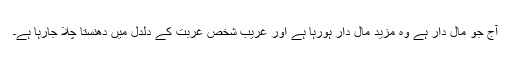
آج جو مال دار ہے وہ مزید مال دار ہورہا ہے اور غریب شخص غربت کے دلدل میں دھنستا چلا جارہا ہے۔